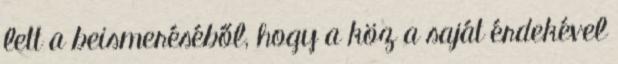
lett a beismeréséből, hogy a köz a saját érdekével